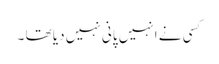
کسی نے انہیں پانی نہیں دیا تھا ۔